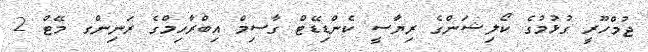
ޖުމްހޫރީ ގުޅުމުގެ ކޯލިޝަންގެ ރިޔާސީ ކެންޑިޑޭޓް ގާސިމް އިބްރާހިމްގެ ރަނިންގ މޭޓް 2